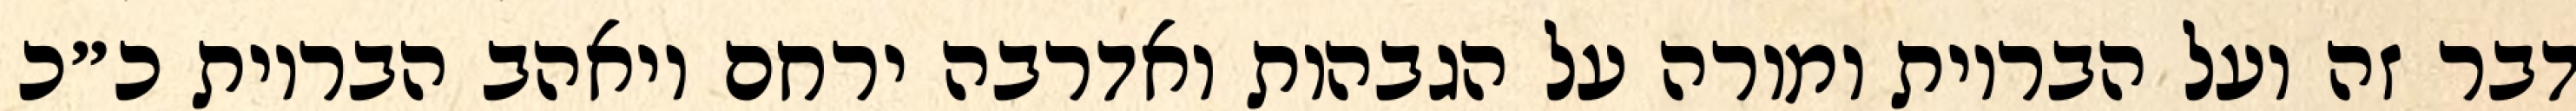
דבר זה ועל הבריות ומורה על הגבהות ואדרבה ירחם ויאהב הבריות כ״כ